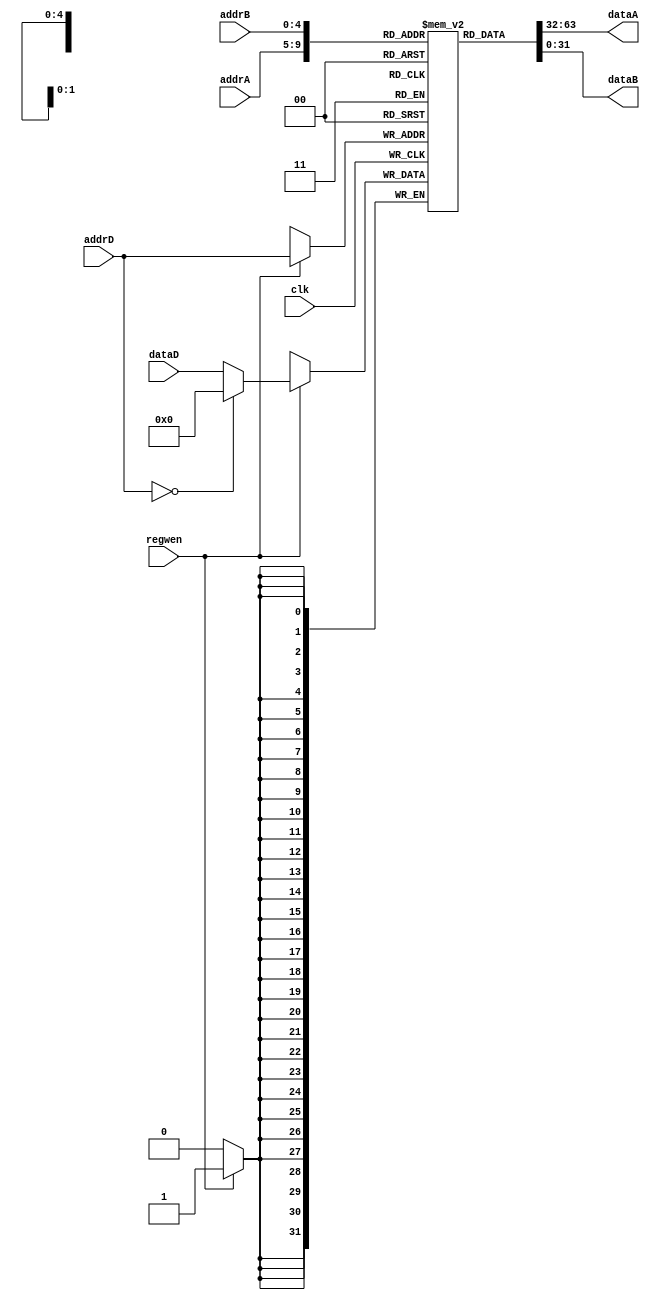
module Reg(addrA, addrB, addrD, dataD, regwen, clk, dataA, dataB);
input [4:0] addrA, addrB, addrD;
input [31:0] dataD;
input regwen, clk;
output [31:0] dataA, dataB;

reg [31:0] dataA, dataB;
reg [31:0] register[0:31];

always @(*) begin
	dataA = register[addrA];
	dataB = register[addrB];
end

always @(negedge clk) begin
	if(regwen)
		register[addrD] <= (addrD == 0) ? 0 : dataD;
end

initial begin
	register[0] = 32'd0;
	register[1] = 32'd0;
	register[2] = 32'd0;

	dataA <= 32'd0;
    	dataB <= 32'd0;
end

endmodule